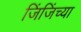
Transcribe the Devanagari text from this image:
जिंजिंच्या